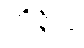
ဘိဇ္ဇိတ္ထ